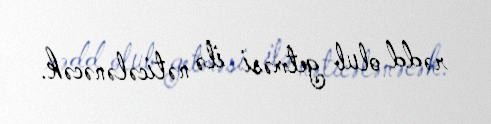
rədd olub getməsi ilə nəticələnəcək.